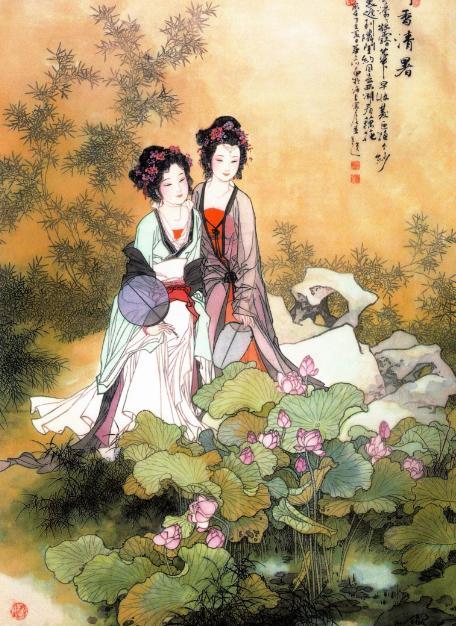
梦里分明见关塞，不知何路向金微。